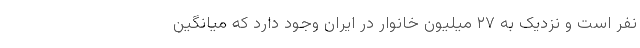
نفر است و نزدیک به ۲۷ میلیون خانوار در ایران وجود دارد که میانگین